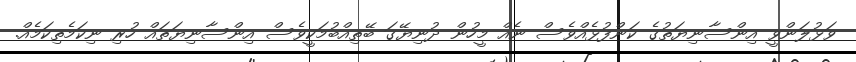
ވަޅުލަންވީ އިންސާނިޔަތުގެ ކަންފުޅެއްވެސް ނެއް މީހުން ދުނިޔޭގަ ބޭތިއްބުމަކީވެސް އިންސާނިޔަތައް ހުރި ނިކަމެތިކަމެއް.